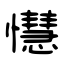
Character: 懳